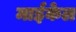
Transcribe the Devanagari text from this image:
माईकेल